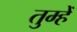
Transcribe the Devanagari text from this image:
तुम्हेँ